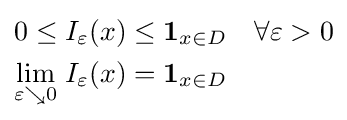
{\begin{aligned}0\leq I_{\varepsilon }(x)&\leq \mathbf {1} _{{x}\in D}\quad \forall \varepsilon >0\\{\underset {\varepsilon \searrow 0}{\lim }}\;I_{\varepsilon }(x)&=\mathbf {1} _{x\in D}\end{aligned}}